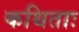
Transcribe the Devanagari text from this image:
कथिताः